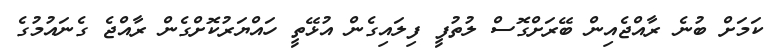
ކަމަށް ބުނެ ރާއްޖެއިން ބޭރަށްގޮސް ލުތުފީ ފިލައިގެން އުޅޭތީ ހައްޔަރުކޮށްގެން ރާއްޖެ ގެނައުމުގެ